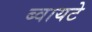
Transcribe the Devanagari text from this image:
ब्वायटे